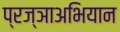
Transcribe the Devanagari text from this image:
प्रज्ञाअभियान